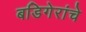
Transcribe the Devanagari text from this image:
बडिगेरांचे